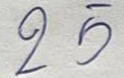
25